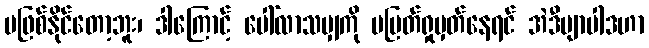
မဖြစ်နိုင်တော့ဘူး၊ ဒါကြောင့် ပေါ်လာသမျှကို မပြတ်ရှုမှတ်နေရင် အဲဒီဗျာပါဒဟာ